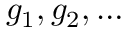
g _ { 1 } , g _ { 2 } , \ldots